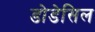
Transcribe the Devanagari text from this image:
डोडेसिल